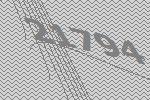
21794